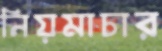
নিয়মাচার